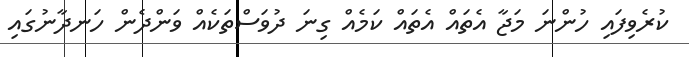
ކުރެވިފައި ހުންނަ މަޖާ އެތައް އެތައް ކަމެއް ގިނަ ދުވަސްތަކެއް ވަންދެން ހަނދާނުގައި